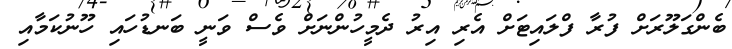
ބެންގަލޫރަށް ފުރާ ފްލައިޓަށް އެރި އިރު ދެމީހުންނަށް ވެސް ވަނީ ބަނޑުހައި ހޫނުކަމާއި